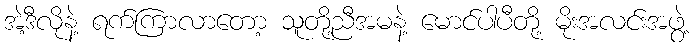
အဲ့ဒီလိုနဲ့ ရက်ကြာလာတော့ သူတို့ညီအမနဲ့ မောင်ပါပီတို့ မိုးအလင်းအဖွဲ့